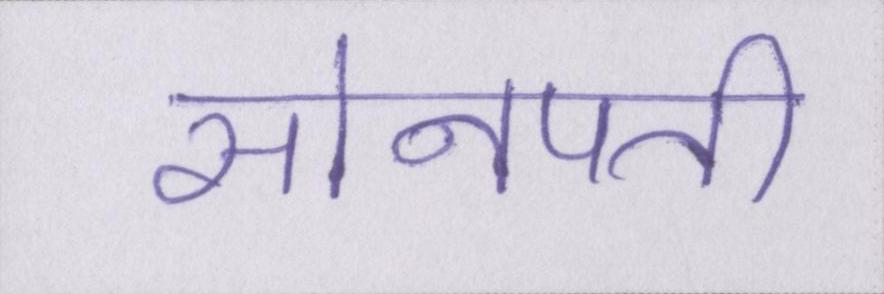
सोनपती